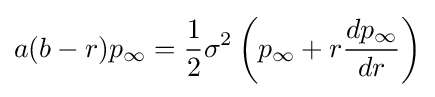
a(b-r)p_{\infty }={1 \over {2}}\sigma ^{2}\left(p_{\infty }+r{dp_{\infty } \over {dr}}\right)